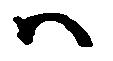
ハ